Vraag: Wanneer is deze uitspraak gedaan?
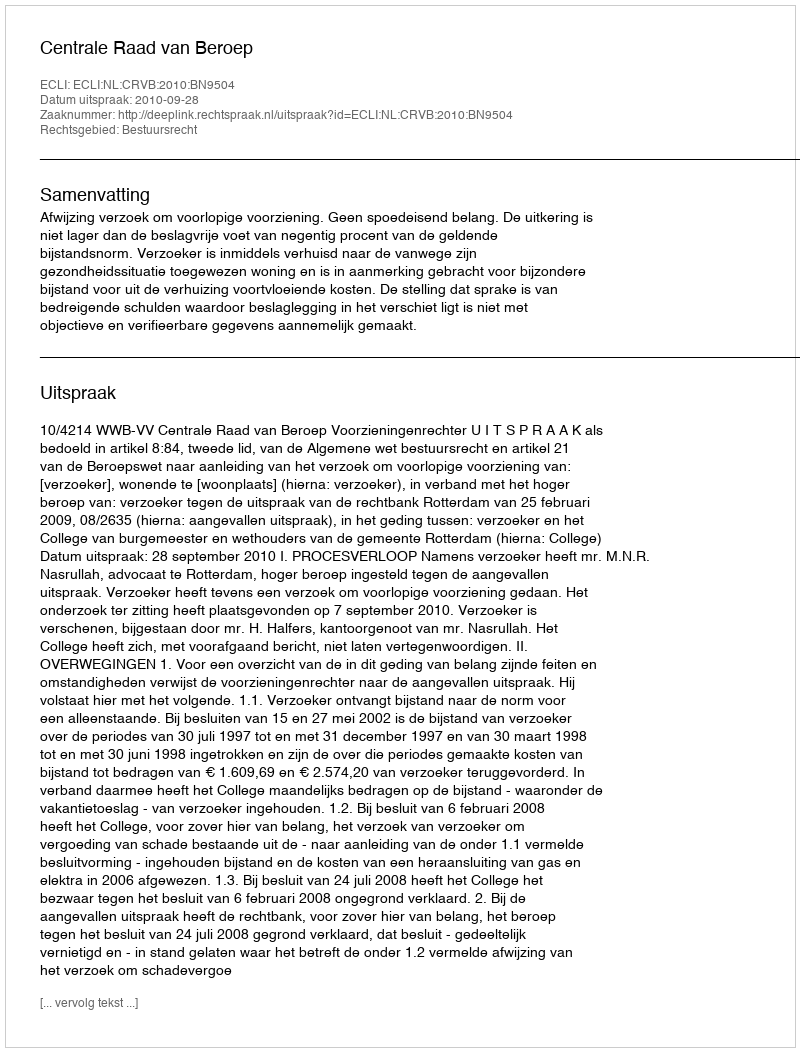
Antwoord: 2010-09-28